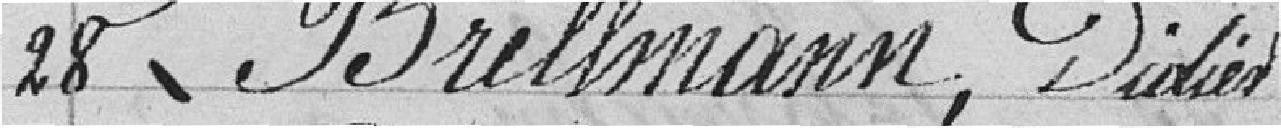
28 Brellmann, Didier